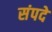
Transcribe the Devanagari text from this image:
संपदे